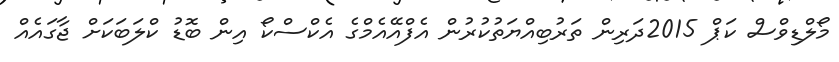
މޯލްޑިވްސް ކަޕް 2015ދަރިން ތަރުބިއްޔަތުކުރުން އެފްއޭއެމްގެ އެކްސްކޯ އިން ބޮޑު ކްލަބަކަށް ޖާގައެއް